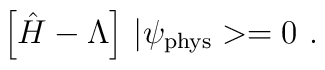
\left[\hat{H}-\Lambda\right]\,|\psi_{\rm phys}>=0\ .